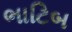
ભાટિબ